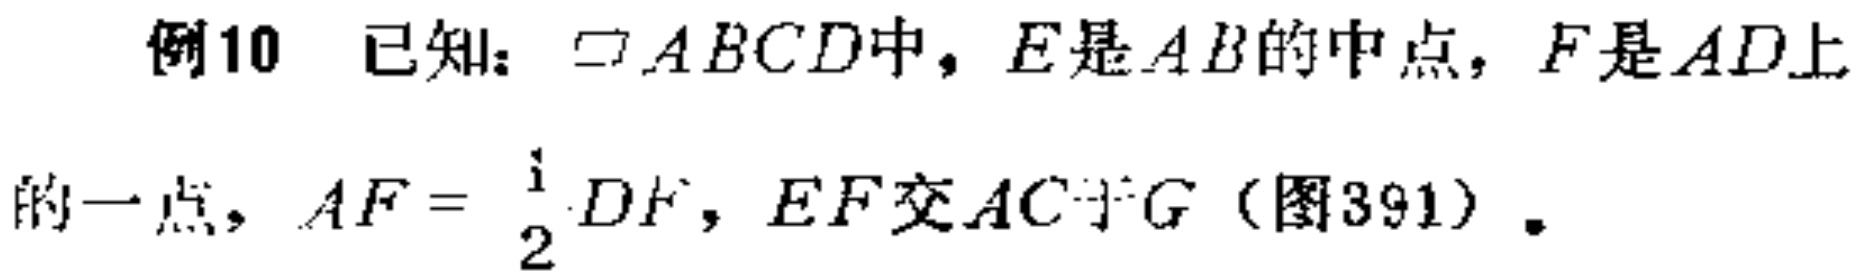
例10 已知：$\square ABCD$中，$E$是$AB$的中点，$F$是$AD$上的一点，$AF = \frac{1}{2}DF$，$EF$交$AC$于$G$（图391）.